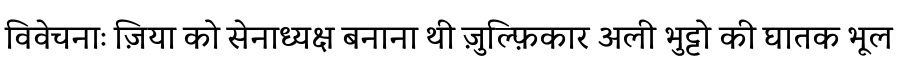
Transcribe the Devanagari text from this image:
विवेचनाः ज़िया को सेनाध्यक्ष बनाना थी ज़ुल्फ़िकार अली भुट्टो की घातक भूल